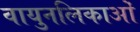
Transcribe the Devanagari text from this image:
वायुनलिकाओं